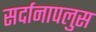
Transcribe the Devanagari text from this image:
सर्दानापलुस